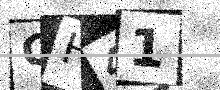
Text: QH41